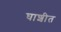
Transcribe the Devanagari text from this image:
घाशीत